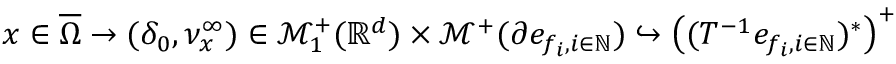
\begin{array} { r } { x \in \overline { { \Omega } } \to ( \delta _ { 0 } , \nu _ { x } ^ { \infty } ) \in \mathcal { M } _ { 1 } ^ { + } ( \mathbb { R } ^ { d } ) \times \mathcal { M } ^ { + } ( \partial e _ { f _ { i } , i \in \mathbb { N } } ) \hookrightarrow \big ( ( T ^ { - 1 } e _ { f _ { i } , i \in \mathbb { N } } ) ^ { * } \big ) ^ { + } } \end{array}